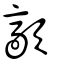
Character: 歊